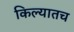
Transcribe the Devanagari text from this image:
किल्यातच